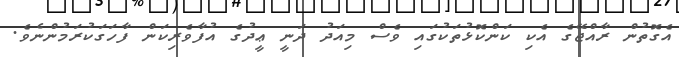
އެގޮތުން ރާއްޖޭގެ އެކި ކަންކޮޅުތަކުގައި ވެސް މިއަދު ދަނީ ޢީދުގެ އުފާވެރިކަން ފާހަގަކުރަމުންނެވެ.